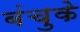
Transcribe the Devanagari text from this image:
बंचुके